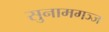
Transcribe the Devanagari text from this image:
सुनामगञ्ज